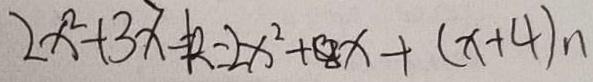
2 x ^ { 2 } + 3 x - k = 2 x ^ { 2 } + 8 x + ( x + 4 ) _ { n }